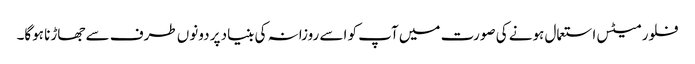
فلور میٹس استعمال ہونے کی صورت میں آپ کو اسے روزانہ کی بنیاد پر دونوں طرف سے جھاڑنا ہوگا۔